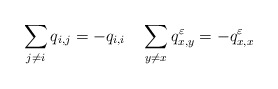
\begin{align*} \sum_{j\neq i}q_{i,j}=-q_{i,i}\quad\sum_{y\neq x}q^\varepsilon_{x,y}=-q^\varepsilon_{x,x}\end{align*}